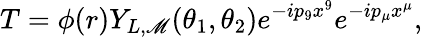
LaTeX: T=\phi(r)Y_{L,\mathscr{M}}(\theta_{1},\theta_{2})e^{-ip_{9}x^{9}}e^{-ip_{\mu}x^{\mu}},